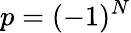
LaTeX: p=(-1)^{N}